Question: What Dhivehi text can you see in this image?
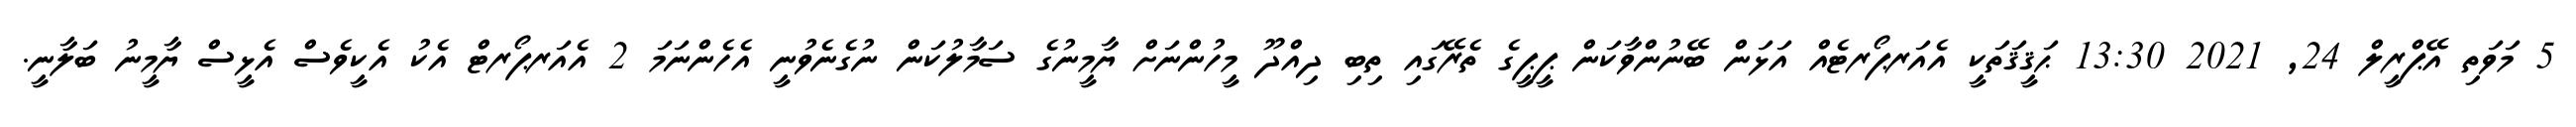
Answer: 5 މަވަތި އޭޕްރީލް 24, 2021 13:30 ޙަޤީޤަތަކީ އެއަރޕޯރޓެއް އަޅަން ބޭނުންވާކަން ޕީޕީގެ ތެރޭގައި ތިބި ދިއްދޫ މީހުންނަށް ޔާމީނުގެ ސަމާލުކަން ނުގެނެވުނީ އެހެންނަމަ 2 އެއަރޕޯރޓް އެކު އެކީވެސް އެޅީސް ޔާމީނު ބަލާނީ.